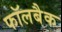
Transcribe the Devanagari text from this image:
फॉलबैक